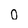
Character: O